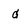
Character: d